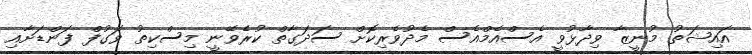
އައިޝަތު މުނީޒާ ވިދާޅުވީ އެސްއެމްއެސް މެދުވެރިކޮށް ސަދަގާތް ކުރެވޭނީ މިސްކިތު ވަގުފް ފަންޑަށާއި